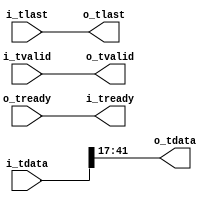

// Copyright Ettus Research, 2014
// no logic, just wires

module axi_bit_reduce
  #(parameter WIDTH_IN=48,
    parameter WIDTH_OUT=25,
    parameter DROP_TOP=6,
    parameter VECTOR_WIDTH=1)   // vector_width = 2 for complex, 1 for real
   (input [VECTOR_WIDTH*WIDTH_IN-1:0] i_tdata, input i_tlast, input i_tvalid, output i_tready,
    output [VECTOR_WIDTH*WIDTH_OUT-1:0] o_tdata, output o_tlast, output o_tvalid, input o_tready);

   genvar 				i;
   generate
      for(i=0; i<VECTOR_WIDTH; i=i+1)
	assign o_tdata[(i+1)*WIDTH_OUT-1:i*WIDTH_OUT] = i_tdata[(i+1)*WIDTH_IN-DROP_TOP-1:i*WIDTH_IN+(WIDTH_IN-WIDTH_OUT)-DROP_TOP];
   endgenerate

   assign o_tlast = i_tlast;
   assign o_tvalid = i_tvalid;
   assign i_tready = o_tready;

endmodule // axi_bit_sel